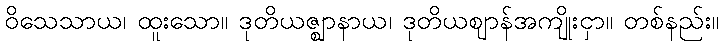
ဝိသေသာယ၊ ထူးသော။ ဒုတိယဇ္ဈာနာယ၊ ဒုတိယဈာန်အကျိုးငှာ။ တစ်နည်း။